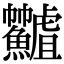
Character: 𩽟